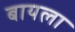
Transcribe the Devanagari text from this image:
बायला